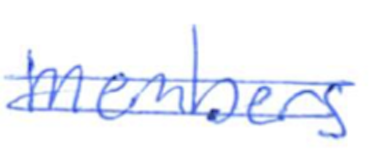
Text: members
Cross-out: double-line
Writing tool: ballpoint